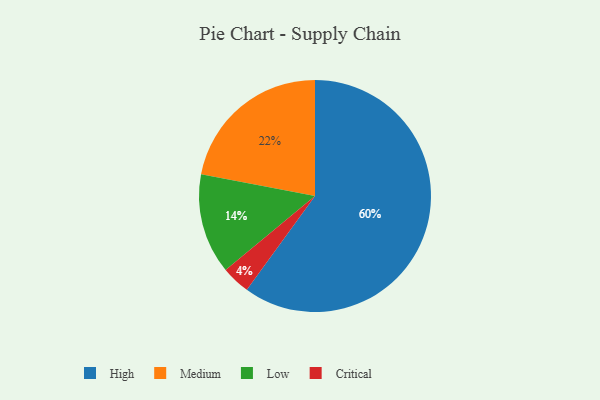
{"axis": {"x": "Category", "y": "Percentage"}, "legend": ["Critical", "High", "Low", "Medium"], "data": [{"x": "Low", "y": 14, "type": "Low"}, {"x": "Critical", "y": 4, "type": "Critical"}, {"x": "High", "y": 60, "type": "High"}, {"x": "Medium", "y": 22, "type": "Medium"}]}